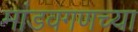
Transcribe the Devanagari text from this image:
मांडवगणच्या